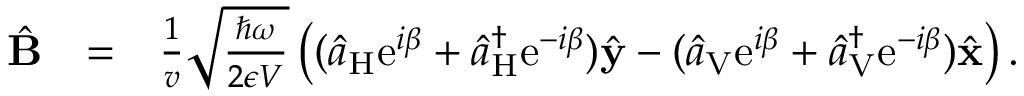
\begin{array} { r l r } { \hat { \bf B } } & { = } & { \frac { 1 } { v } \sqrt { \frac { \hbar \omega } { 2 \epsilon V } } \left( ( \hat { a } _ { \mathrm { H } } \mathrm { e } ^ { i \beta } + \hat { a } _ { \mathrm { H } } ^ { \dagger } \mathrm { e } ^ { - i \beta } ) \hat { \bf y } - ( \hat { a } _ { \mathrm { V } } \mathrm { e } ^ { i \beta } + \hat { a } _ { \mathrm { V } } ^ { \dagger } \mathrm { e } ^ { - i \beta } ) \hat { \bf x } \right) . } \end{array}